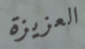
العزيزة